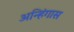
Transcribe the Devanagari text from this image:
अन्हिंगास